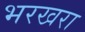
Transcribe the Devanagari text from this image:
भरखरा